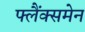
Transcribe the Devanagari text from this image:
फ्लैंक्समेन